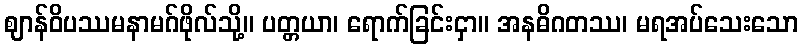
ဈာန်ဝိပဿမနာမဂ်ဖိုလ်သို့။ ပတ္တယာ၊ ရောက်ခြင်းငှာ။ အနဓိဂတဿ၊ မရအပ်သေးသော